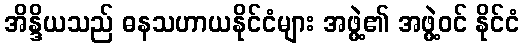
အိန္ဒိယသည် ဓနသဟာယနိုင်ငံများ အဖွဲ့၏ အဖွဲ့ဝင် နိုင်ငံ